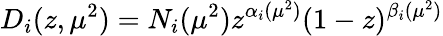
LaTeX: D_{i}(z,\mu^{2})=N_{i}(\mu^{2})z^{\alpha_{i}(\mu^{2})}(1-z)^{\beta_{i}(\mu^{2})}